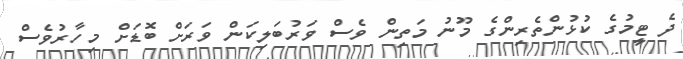
ދެ ޓީމުގެ ކުޅުންތެރިންގެ މޫނު މަތިން ވެސް ވަރުބަލިކަން ވަރަށް ބޮޑަށް މިހާރުވެސް